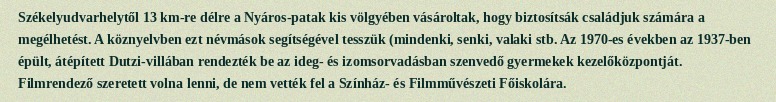
Székelyudvarhelytől 13 km-re délre a Nyáros-patak kis völgyében vásároltak, hogy biztosítsák családjuk számára a megélhetést. A köznyelvben ezt névmások segítségével tesszük (mindenki, senki, valaki stb. Az 1970-es években az 1937-ben épült, átépített Dutzi-villában rendezték be az ideg- és izomsorvadásban szenvedő gyermekek kezelőközpontját. Filmrendező szeretett volna lenni, de nem vették fel a Színház- és Filmművészeti Főiskolára.